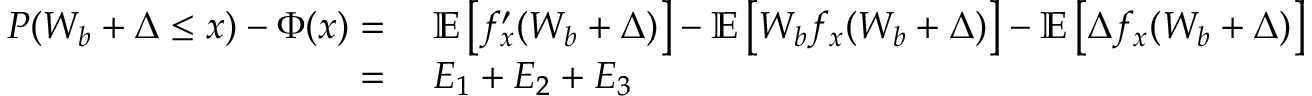
\begin{array} { r l } { P ( W _ { b } + \Delta \leq x ) - \Phi ( x ) = \; } & { \mathbb { E } \left[ f _ { x } ^ { \prime } ( W _ { b } + \Delta ) \right] - \mathbb { E } \left[ W _ { b } f _ { x } ( W _ { b } + \Delta ) \right] - \mathbb { E } \left[ \Delta f _ { x } ( W _ { b } + \Delta ) \right] } \\ { = \; } & { E _ { 1 } + E _ { 2 } + E _ { 3 } } \end{array}